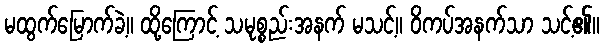
မထွက်မြောက်ခဲ့။ ထို့ကြောင့် သမုစ္စည်းအနက် မသင့်။ ဝိကပ်အနက်သာ သင့်၏။